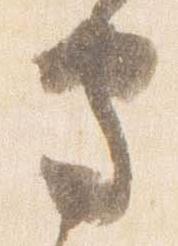
守